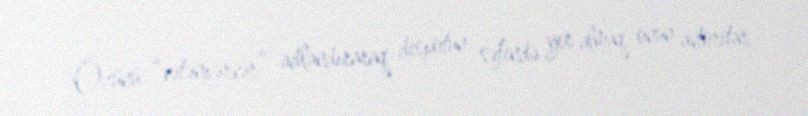
Özünü “vətənpərvər” adlandıraraq despotun səfində yer almaq, onun avtoritar